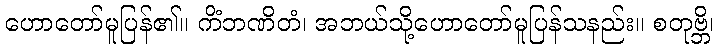
ဟောတော်မူပြန်၏။ ကိံဘဏိတံ၊ အဘယ်သို့ဟောတော်မူပြန်သနည်း။ စတုဗ္ဘိ၊